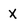
Character: X